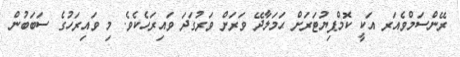
ރޭންސަމްވެއަރ އަކީ ކޮމްޕިޔުޓަރަށް ޙަމަލާދޭ ވަރަށް ވަރުގަދަ ވައިރަހެކެވެ. މި ވައިރަހުގެ ސަބަބުން